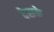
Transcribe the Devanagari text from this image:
देसके